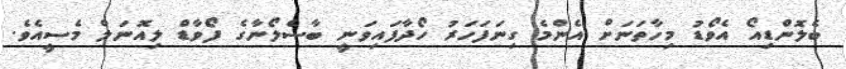
ބެލޮންޑިއޯ އެވޯޑު މިހާތަނަށް އެންމެ ގިނަފަހަރު ހޯދާފައިވަނީ ބާސެލޯނާގެ ފޯވާޑް ލިއޮނަލް މެސީއެވެ.